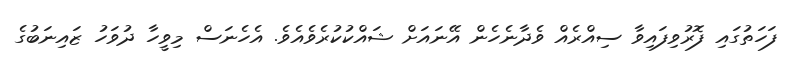
ފަހަތުގައި ފޮރުވިފައިވާ ސިއްރެއް ވެދާނެހެން އޭނައަށް ޝައްކުކުރެވެއެވެ. އެހެނަސް މިވީހާ ދުވަހު ޒައިނަބުގެ